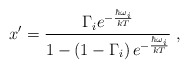
\begin{align*}x'=\frac{\Gamma_i e^{-{{\hbar\omega_i}\over kT}}}{1-\left(1-\Gamma_i\right)e^{-{{\hbar\omega_i}\over kT}}}\;,\end{align*}